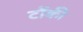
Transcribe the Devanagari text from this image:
टोंकी